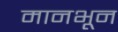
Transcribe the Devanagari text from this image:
मानभून